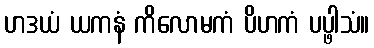
ဟဒယံ ယကနံ ကိလောမကံ ပိဟကံ ပပ္ဖါသံ။